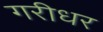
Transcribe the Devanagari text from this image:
गरीधर